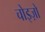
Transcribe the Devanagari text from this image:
चोइज़ो